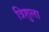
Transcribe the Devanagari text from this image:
त्रिशुला